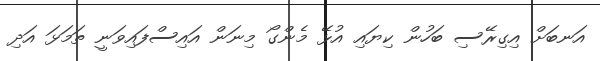
އަނބަށް އިގިރޭސި ބަހުން ކިޔައި އުޅޭ މެންގޯ މިނަން އައިސްފައިވަނީ ތަމަޅަ އަދި